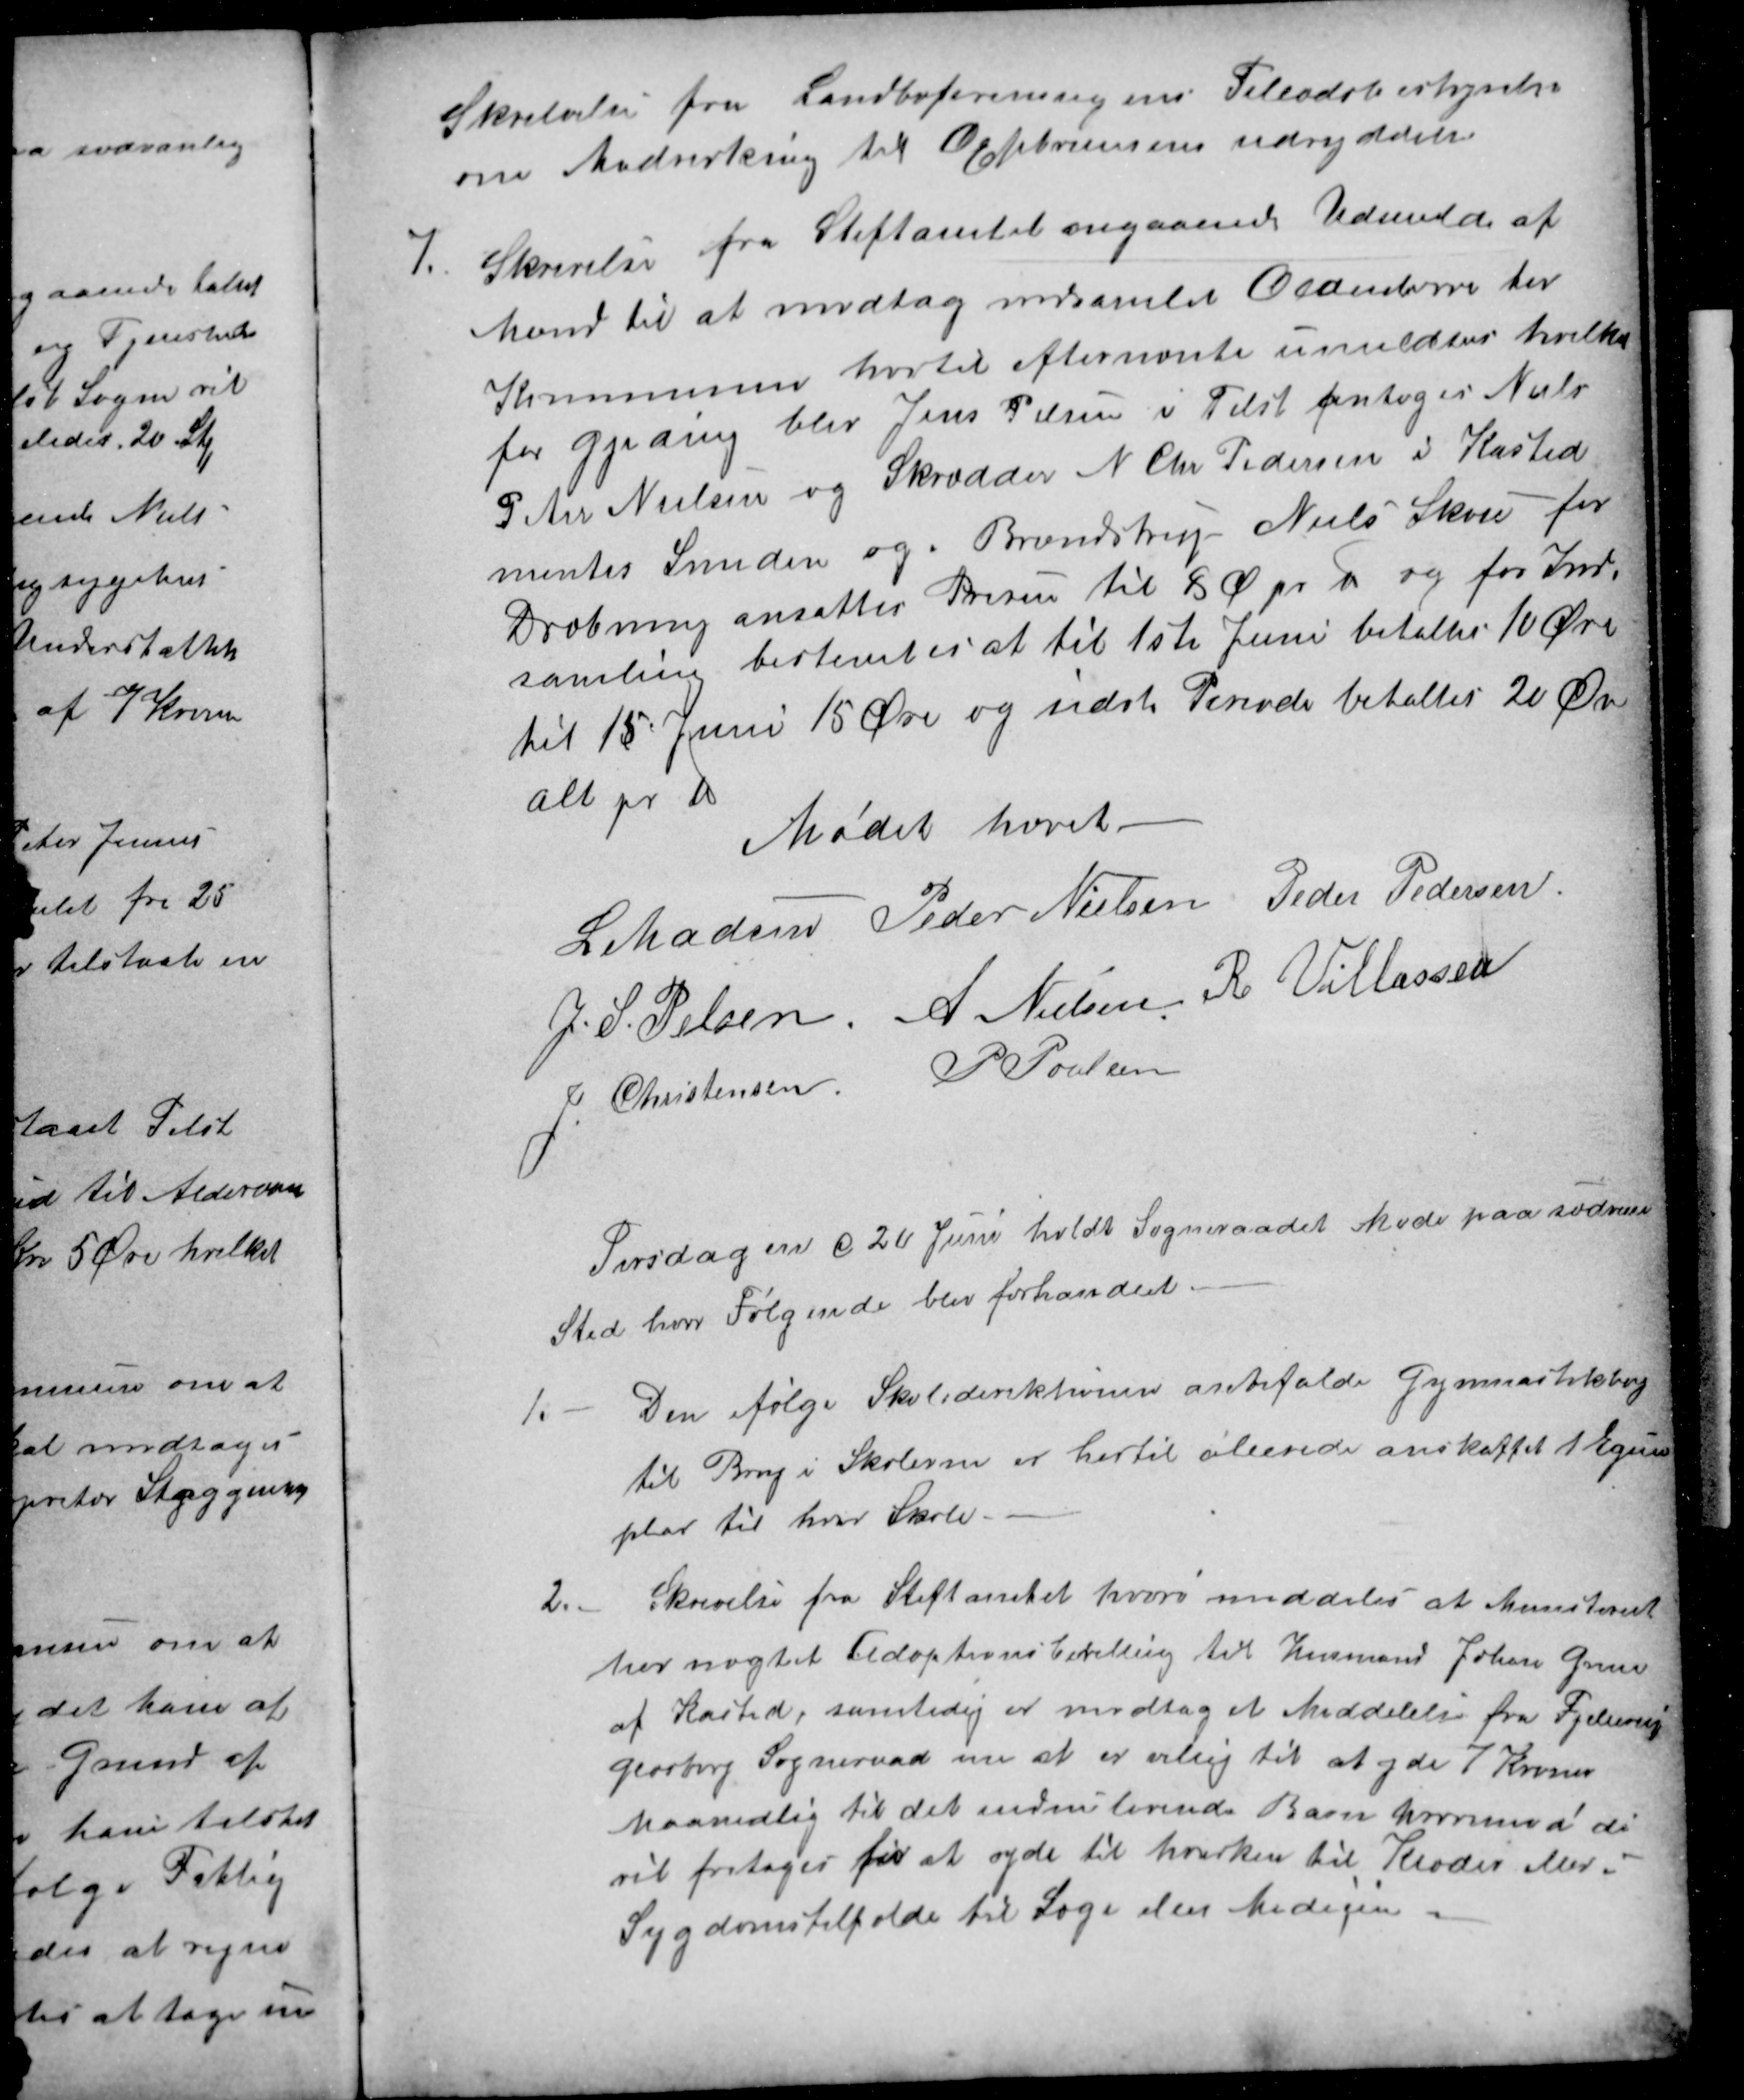
Transskription:
Skrivelse fra Landboforeningens Feleadsbestyrelse
om Medvirkning til Oldenborrernes udryddelse
7.
Skrivelse fra Stiftamtet angaaende Udmelde af
Mænd til at modtag indsamlede Oldenborre her
Kommunen hvortil efternævnte umeldtes hvilke
for Gjeding blev Jens Pelsen i Tilst antoges Niels
Peter Nielsen og Skrædder N Chr Pedersen i Kasted
mentes Smeden og - Brændstrup Niels Skou - for
Dræbning ansattes Prisen til 8 Ø pr ℔ og for Ind-
samling bestemtes at til 1ste Juni betaltes 10 Øre
til 15 Juni 15 Øre og sidste Periode betaltes 20 Øre
alt pr ℔
Mødet hævet.
L Madsen
Peder Nielsen
Peder Pedersen
J. S. Pelsen 
A Nielsen 
R Villassen
J. Christensen
P Poulsen
Tirsdagen d 20 Juni holdt Sogneraadet Møde paa sædvane
Sted hvor Følgende blev forhandlet.
1.
Den ifølge Skoledirektionen anbefalde Gymnastikbog
til Brug i Skolerne er hertil allerede anskaffet 1 Egsem
plar til hver Skole.
2.
Skrivelse fra Stiftamtet hvori meddeles at Ministeriet
har nægtet Adoptionsbevilling til Husmand Johan Greve
af Kasted, samtidig er modtaget Meddelelse fra Fjellerup
Glæsborg Sogneraad om at er villig til at yde 7 Kroner
Maanedlig til det endnu levende Barn hvorimod di
vil fritages for at yde til hverken til Klæder eller i
Sygdomstilfælde til Læge eller Medicin